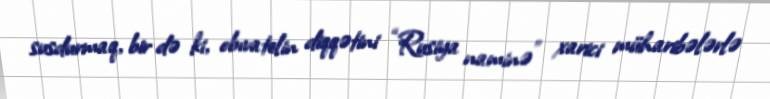
susdurmaq, bir də ki, obıvatelin diqqətini “Rusiya naminə” xarici müharibələrlə